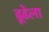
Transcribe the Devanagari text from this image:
ढूढेला